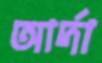
আর্দা